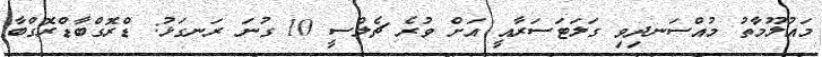
މައުލޫމާތު މުއްސަނދިވި ގަލަޓަސަރާއީ އަށް ވުރެ ޗެލްސީ 10 ގުނަ ރަނގަޅު: ޑްރޮގްބާޑްރޮގްބާ